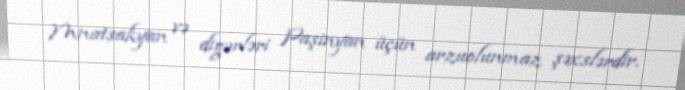
Mnatsakyan və digərləri Paşinyan üçün arzuolunmaz şəxslərdir.